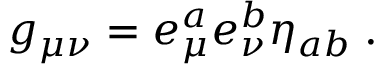
g _ { \mu \nu } = e _ { \mu } ^ { a } e _ { \nu } ^ { b } \eta _ { a b } \; .